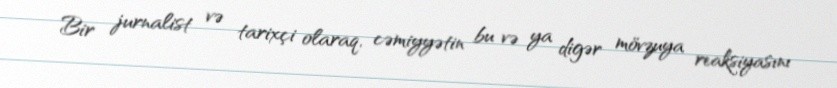
Bir jurnalist və tarixçi olaraq, cəmiyyətin bu və ya digər mövzuya reaksiyasını